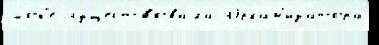
шо́к'е  существова́ла Орган'иза́тора